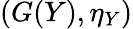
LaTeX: (G(Y),\eta_{Y})